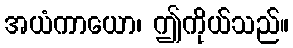
အယံကာယော၊ ဤကိုယ်သည်။